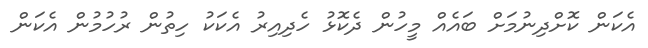
އެކަން ކޮށްދިނުމަށް ބައެއް މީހުން ދެކޮޅު ހެދިއިރު އެކަކު ހިތުން ރުހުމުން އެކަން